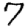
Digit: 7